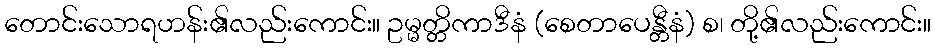
တောင်းသောရဟန်း၏လည်းကောင်း။ ဥမ္မတ္တိကာဒီနံ (စေတာပေန္တီနံ) စ၊ တို့၏လည်းကောင်း။